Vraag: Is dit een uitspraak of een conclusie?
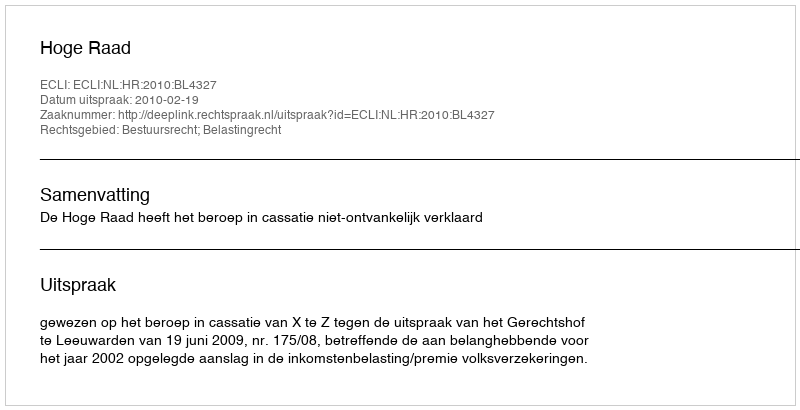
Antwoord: Uitspraak